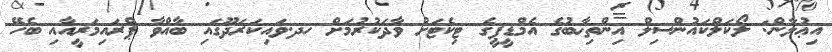
އިޢުލާން: ލޯކަލްކައުންސިލް އިންތިޚާބުގެ އެމްޑީޕީގެ ޓިކެޓަށް ވާދަކުރުމަށް ހދ.ވައިކަރަދޫގައި ބާއްވާ ޕްރައިމަރީއާއި ބެހޭ